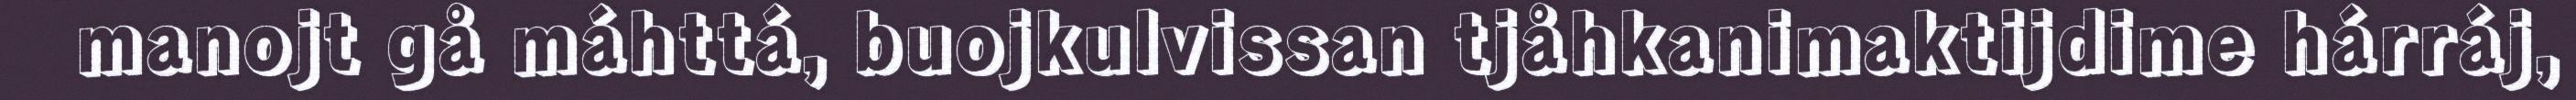
manojt gå máhttá, buojkulvissan tjåhkanimaktijdime hárráj,